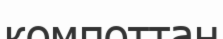
компоттан